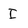
Character: I